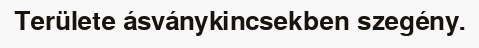
Területe ásványkincsekben szegény.